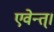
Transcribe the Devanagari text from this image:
एवेन्त्।